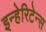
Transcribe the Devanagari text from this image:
इन्हेरिटेन्स